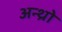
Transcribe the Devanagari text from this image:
अन्थ्रो